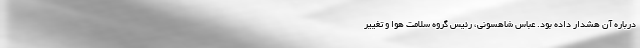
درباره آن هشدار داده بود. عباس شاهسونی، رئیس گروه سلامت هوا و تغییر